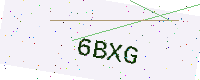
Text: 6BXG